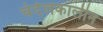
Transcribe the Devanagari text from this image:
चंदेलकालीन